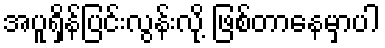
အပူရှိန်ပြင်းလွန်းလို့ ဖြစ်တာနေမှာပါ